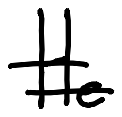
Text: He
Cross-out: mix
Writing tool: digital_black